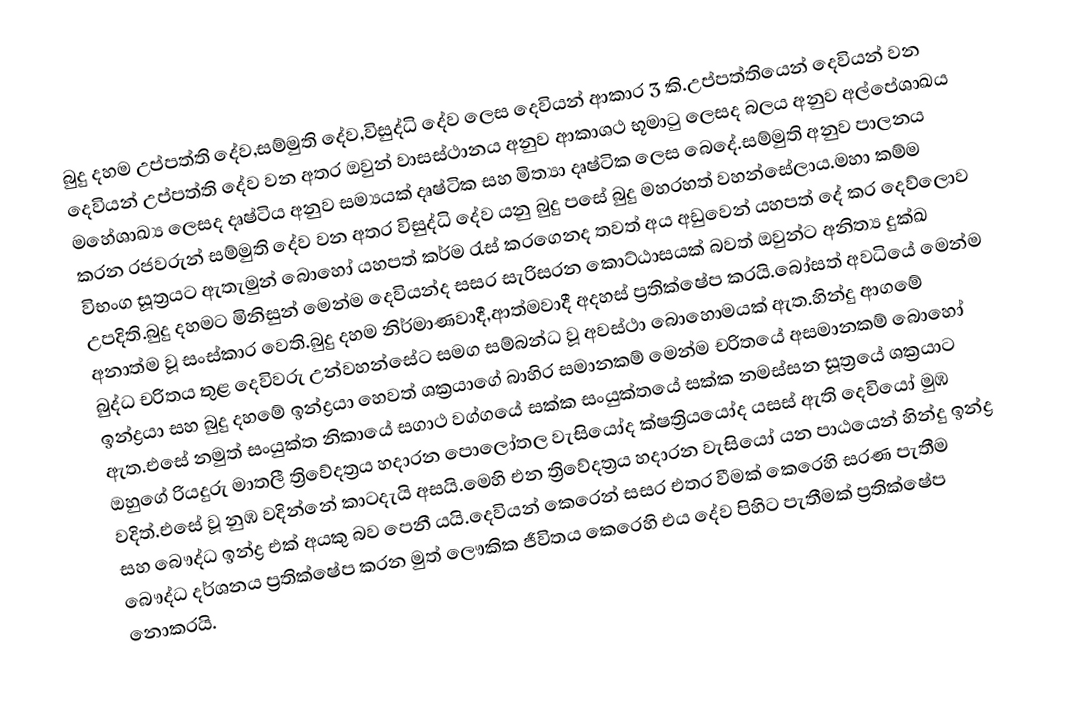
බුදු දහම උප්පත්ති දේව,සම්මුති දේව,විසුද්ධි දේව ලෙස දෙවියන් ආකාර 3 කි.උප්පත්තියෙන් දෙවියන් වන දෙවියන් උප්පත්ති දේව වන අතර ඔවුන් වාසස්ථානය අනුව ආකාශථ භූමාටු ලෙසද බලය අනුව අල්පේශාඛය මහේශාඛ්‍ය ලෙසද දෘෂ්ටිය අනුව සම්‍යයක් දෘෂ්ටික සහ මිත්‍යා දෘෂ්ටික ලෙස බෙදේ.සම්මුති අනුව පාලනය කරන රජවරුන් සම්මුති දේව වන අතර විසුද්ධි දේව යනු බුදු පසේ බුදු මහරහත් වහන්සේලාය.මහා කම්ම විභංග සූත්‍රයට ඇතැමුන් බොහෝ යහපත් කර්ම රැස් කරගෙනද තවත් අය අඩුවෙන් යහපත් දේ කර දෙව්ලොව උපදිති.බුදු දහමට මිනිසුන් මෙන්ම දෙවියන්ද සසර සැරිසරන කොට්ඨාසයක් බවත් ඔවුන්ට අනිත්‍ය දුක්ඛ අනාත්ම වූ සංස්කාර වෙති.බුදු දහම නිර්මාණවාදී,ආත්මවාදී අදහස් ප්‍රතික්ෂේප කරයි.බෝසත් අවධියේ මෙන්ම බුද්ධ චරිතය තුළ දෙවිවරු උන්වහන්සේට සමග සම්බන්ධ වූ අවස්ථා බොහොමයක් ඇත.හින්දු ආගමේ ඉන්ද්‍රයා සහ බුදු දහමේ ඉන්ද්‍රයා හෙවත් ශක්‍රයාගේ බාහිර සමානකම් මෙන්ම චරිතයේ අසමානකම් බොහෝ ඇත.එසේ නමුත් සංයුක්ත නිකායේ සගාථ වග්ගයේ සක්ක සංයුක්තයේ සක්ක නමස්සන සූත්‍රයේ ශක්‍රයාට ඔහුගේ රියදුරු මාතලී ත්‍රිවේදත්‍රය හදාරන පොලෝතල වැසියෝද ක්ෂත්‍රියයෝද යසස් ඇති දෙවියෝ මුඹ වදිත්.එසේ වූ නුඹ වදින්නේ කාටදැයි අසයි.මෙහි එන ත්‍රිවේදත්‍රය හදාරන වැසියෝ යන පාඨයෙන් හින්දු ඉන්ද්‍ර සහ බෞද්ධ ඉන්ද්‍ර එක් අයකු බව පෙනී යයි.දෙවියන් කෙරෙන් සසර එතර වීමක් කෙරෙහි සරණ පැතීම බෞද්ධ දර්ශනය ප්‍රතික්ෂේප කරන මුත් ලෞකික ජීවිතය කෙරෙහි එය දේව පිහිට පැතීමක් ප්‍රතික්ෂේප නොකරයි.